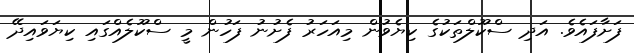
ފަށާފައެވެ. އަދި ސްކޫލްތަކުގެ ކިޔެވުން މިއަހަރު ފެށުނު ފަހުން މީ ސްކޫލެއްގައި ކިޔަވައިދޭ